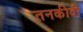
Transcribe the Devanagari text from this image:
तनकीदी